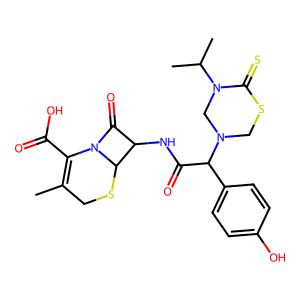
SMILES: CC1=C(C(=O)O)N2C(=O)C(NC(=O)C(c3ccc(O)cc3)N3CSC(=S)N(C(C)C)C3)C2SC1
Inhibits HIV replication: No